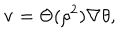
{ \bf v } = \Theta ( { \rho } ^ { 2 } ) \nabla \theta ,